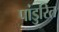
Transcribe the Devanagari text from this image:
पांडुरित